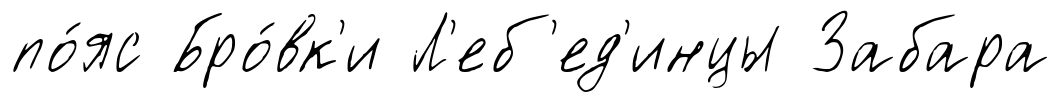
по́яс Бро́вк'и Л'еб'ед'инцы Забара